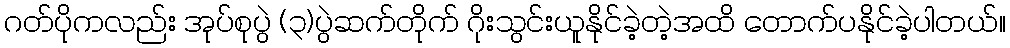
ဂတ်ပိုကလည်း အုပ်စုပွဲ (၃)ပွဲဆက်တိုက် ဂိုးသွင်းယူနိုင်ခဲ့တဲ့အထိ တောက်ပနိုင်ခဲ့ပါတယ်။